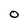
Character: O